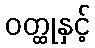
ဝတ္ထုနှင့်